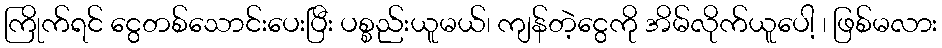
ကြိုက်ရင် ငွေတစ်သောင်းပေးပြီး ပစ္စည်းယူမယ်၊ ကျန်တဲ့ငွေကို အိမ်လိုက်ယူပေါ့ ၊ ဖြစ်မလား